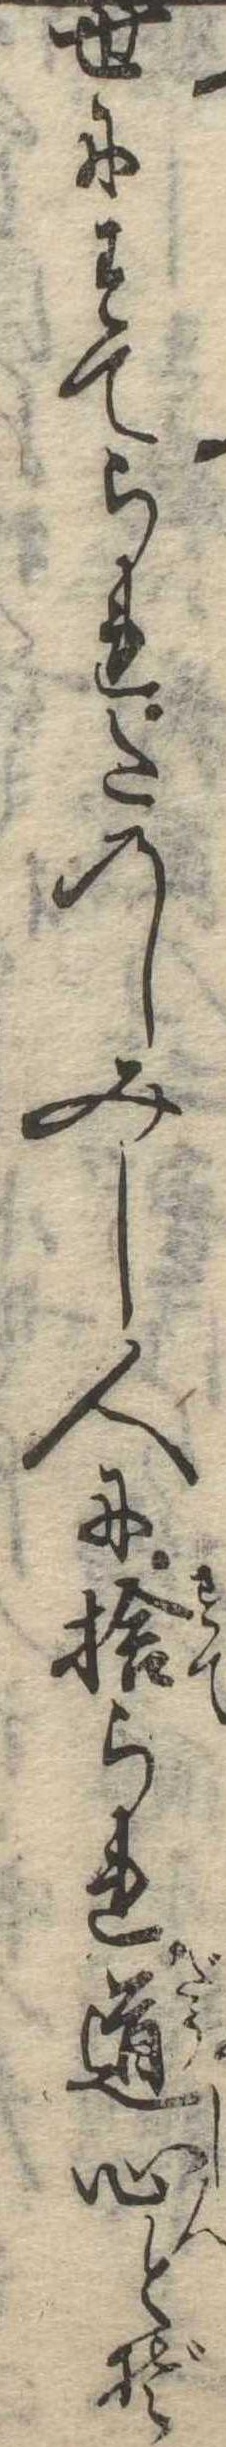
世にすてられたのしみし人に捨られ道心とぞ